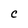
Character: C